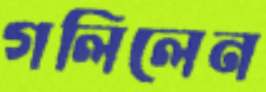
গলিলেন